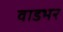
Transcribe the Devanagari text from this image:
वाडभर